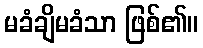
မခံချိမခံသာ ဖြစ်၏။